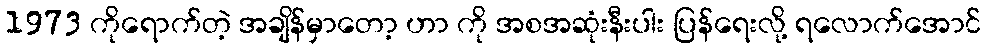
1973 ကိုရောက်တဲ့ အချိန်မှာတော့ ဟာ ကို အစအဆုံးနီးပါး ပြန်ရေးလို့ ရလောက်အောင်